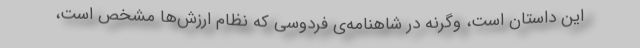
این داستان است، وگرنه در شاهنامه‌ی فردوسی که نظام ارزش‌ها مشخص است،